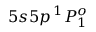
5 s 5 p \, ^ { 1 } P _ { 1 } ^ { o }